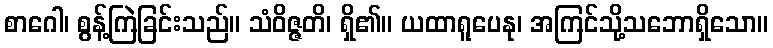
စာဂေါ၊ စွန့်ကြဲခြင်းသည်။ သံဝိဇ္ဇတိ၊ ရှိ၏။ ယထာရူပေနု၊ အကြင်သို့သဘောရှိသော။